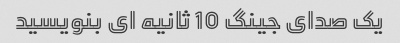
یک صدای جینگ 10 ثانیه ای بنویسید